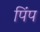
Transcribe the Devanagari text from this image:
पिंप